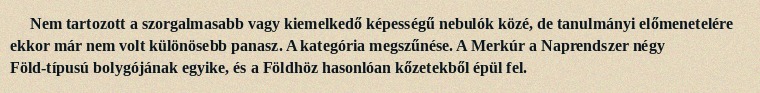
Nem tartozott a szorgalmasabb vagy kiemelkedő képességű nebulók közé, de tanulmányi előmenetelére ekkor már nem volt különösebb panasz. A kategória megszűnése. A Merkúr a Naprendszer négy Föld-típusú bolygójának egyike, és a Földhöz hasonlóan kőzetekből épül fel.